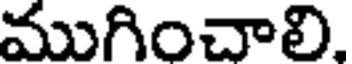
ముగించాలి,